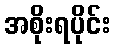
အစိုးရပိုင်း